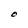
Character: O